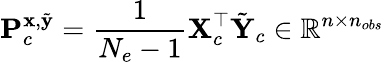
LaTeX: \mathbf{P}_{c}^{\mathbf{x},\tilde{\mathbf{y}}}=\frac{1}{N_{e}-1}\mathbf{X}_{c}^{\top}\tilde{\mathbf{Y}}_{c}\in\mathbb{R}^{n\times n_{obs}}